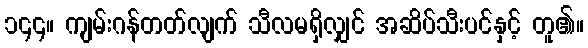
၁၄၄။ ကျမ်းဂန်တတ်လျက် သီလမရှိလျှင် အဆိပ်သီးပင်နှင့် တူ၏။